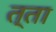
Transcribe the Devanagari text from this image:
त्ता